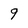
Character: 9